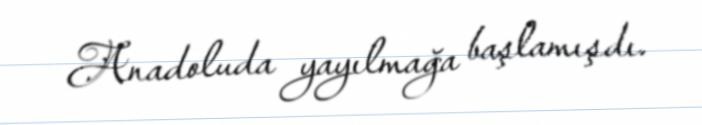
Anadoluda yayılmağa başlamışdı.